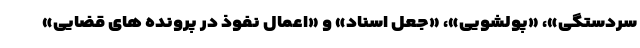
سردستگی»، «پولشویی»، «جعل اسناد» و «اعمال نفوذ در پرونده های قضایی»